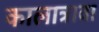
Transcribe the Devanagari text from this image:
कालात्रावा